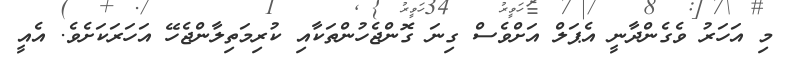
މި އަހަރު ވެގެންދާނީ އެޕަލް އަށްވެސް ގިނަ ގޮންޖެހުންތަކާއި ކުރިމަތިލާންޖެހޭ އަހަރަކަށެވެ. އެއީ